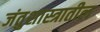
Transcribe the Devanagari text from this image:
जंतुशास्त्रातील